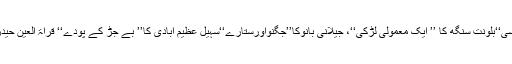
مثال کے طورپرراجندر سنگھ بیدی کا ’’ ایک چادر میلی سی‘‘بلونت سنگھ کا ’’ ایک معمولی لڑکی‘‘، جیلانی بانوکا’’جگنواورستارے‘‘سہیل عظیم آبادی کا’’ بے جڑ کے پودے‘‘ قراۃ العین حیدر کا ’’ ہائوسنگ سوسائٹی‘‘ اور جوگیندر پال کا’’ بیانات‘‘۔